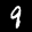
Label: 9